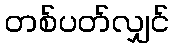
တစ်ပတ်လျှင်